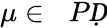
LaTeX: \mu\in\mathcal ḊPḌ